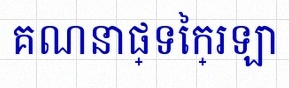
គណនាផ្ទៃក្រឡា